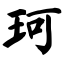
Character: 珂